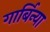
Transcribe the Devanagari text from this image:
गार्बिन्या